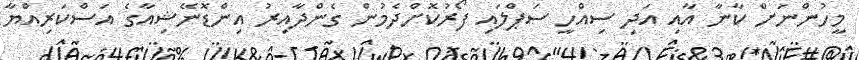
މީހުންނަށް ކާާނާ އާއި އަދި ސިއްހީ ސަޕްލައި ފޯރުކޮށްދެމުން ގެންދާއިރު އިންޑޮނޭޝިއާގެ އަސްކަރިއްޔާ